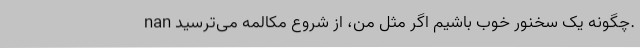
nan چگونه یک سخنور خوب باشیم اگر مثل من، از شروع مکالمه می‌ترسید.